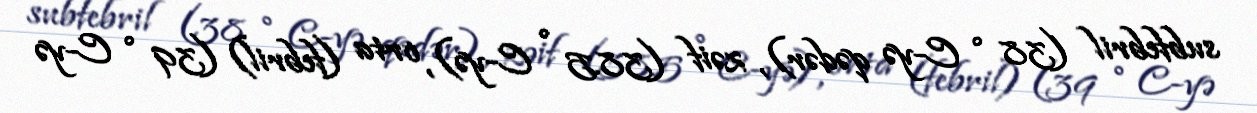
subfebril (38 ° C-yə qədər), zəif (38.5 ° C-yə), orta (febril) (39 ° C-yə